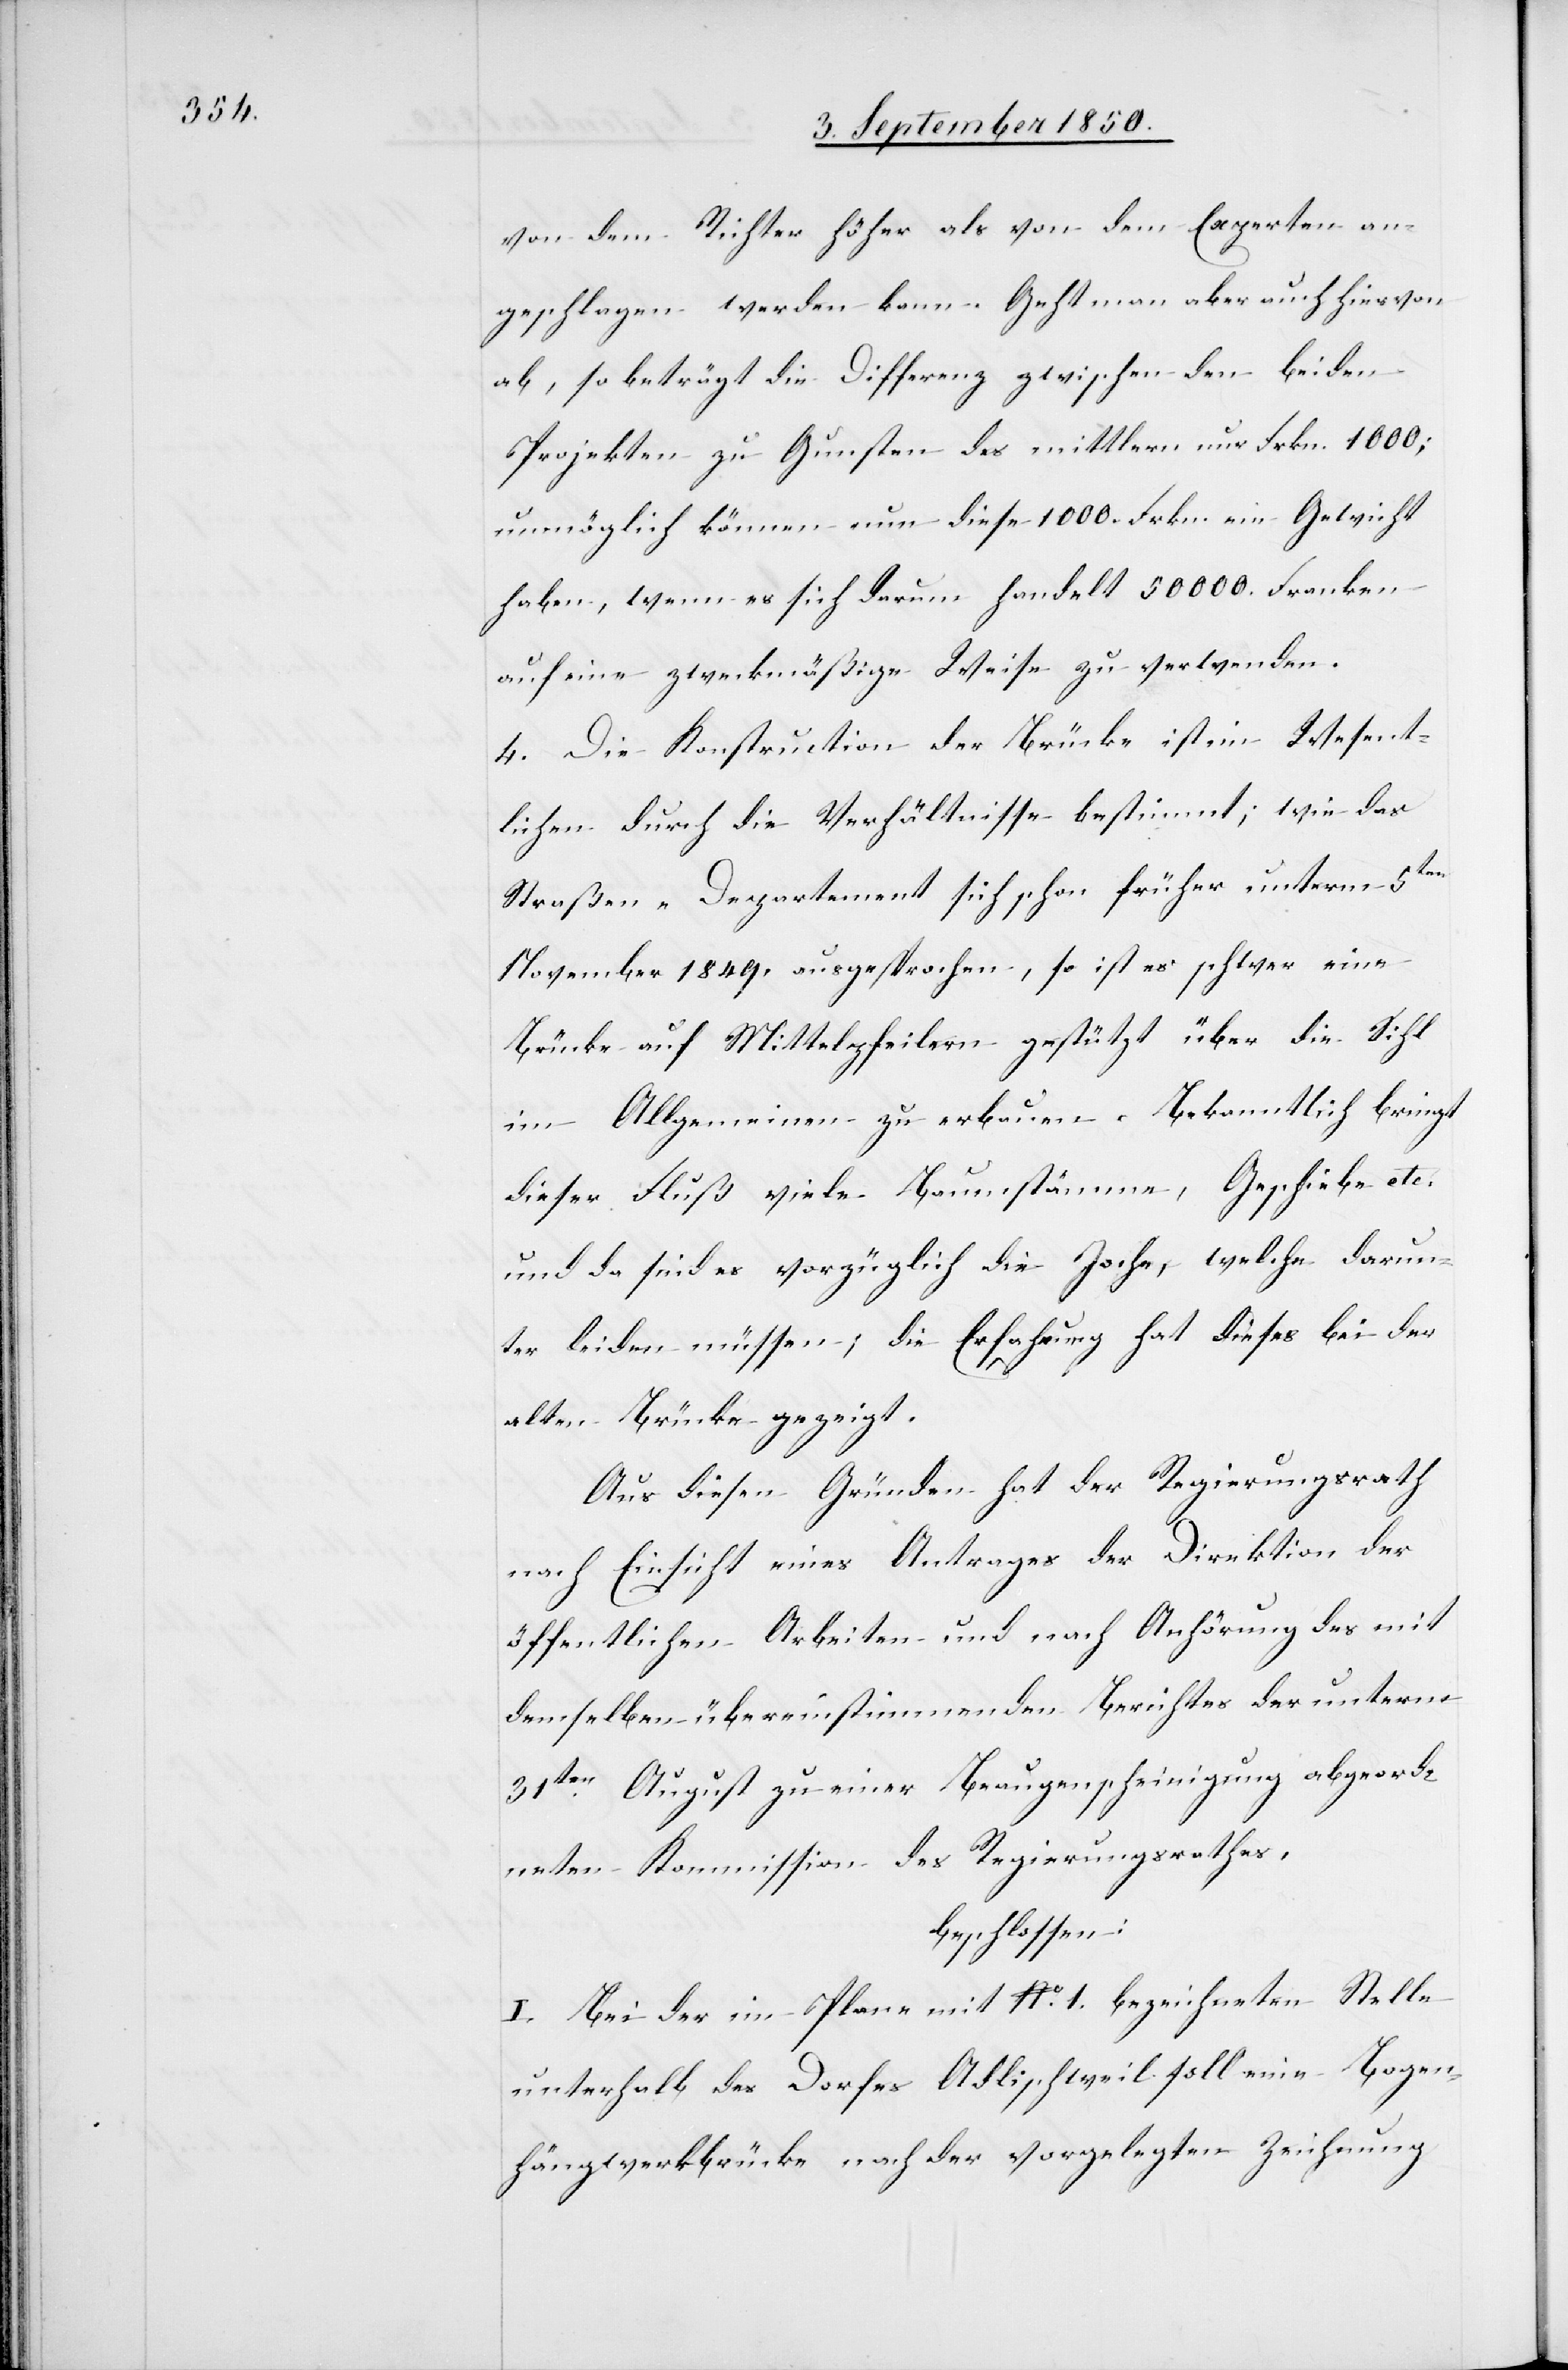
von dem Richter höher als von dem Experten an¬
geschlagen werden kann. Geht man aber auch hiervon
ab, so beträgt die Differenz zwischen den beiden
Projekten zu Gunsten des mittlern nur Frkn.1000;
unmöglich können nun diese 1000 Frkn. ein Gewicht
haben, wenn es sich darum handelt 50 000. Franken
auf eine zweckmäßige Weise zu verwenden.
4. Die Konstruction der Brücke ist im Wesent¬
lichen durch die Verhältnisse bestimmt; wie das
Straßen-Departement sich schon früher unterm 5ten
November 1849. ausgesprochen, so ist es schwer eine
Brücke auf Mittelpfeilern gestützt über die Sihl
im Allgemeinen zu erbauen. Bekanntlich bringt
dieser Fluß viele Baumstämme, Geschiebe etc.
und da sind es vorzüglich die Joche, welche darun¬
ter leiden müssen; die Erfahrung hat dieses bei der
alten Brücke gezeigt.
Aus diesen Gründen hat der Regierungsrath
nach Einsicht eines Antrages der Direktion der
öffentlichen Arbeiten und nach Anhörung des mit
demselben übereinstimmenden Berichtes der unterm
31ten August zu einer Beaugenscheinigung abgeord¬
neten Kommission des Regierungsrathes,
beschlossen:
I. Bei der im Plane mit No. 1. bezeichneten Stelle
unterhalb des Dorfes Adlischweil soll eine Bogen¬
hängwerkbrücke nach der vorgelegten Zeichnung